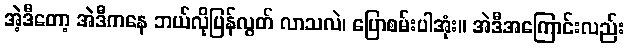
အဲ့ဒီတော့ အဲဒီကနေ ဘယ်လိုပြန်လွတ် လာသလဲ၊ ပြောစမ်းပါအုံး။ အဲဒီအကြောင်းလည်း